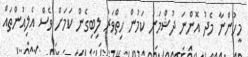
މީހުންނާ މެދު އޮންނަ ދުޝްމަނު ކަމުން ހިތްވަރު ލިބިގެން ކަމަށް ވެސް އެލިއުންތައް